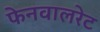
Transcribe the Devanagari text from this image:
फेनवालरेट